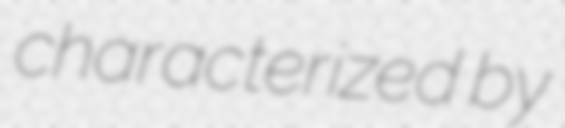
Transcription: characterized by